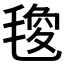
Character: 𭯟